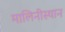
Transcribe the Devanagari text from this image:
मालिनीस्थान